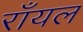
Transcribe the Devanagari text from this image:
राँयल